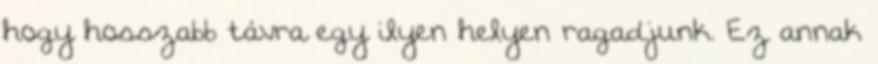
hogy hosszabb távra egy ilyen helyen ragadjunk. Ez annak